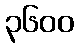
၃၆၀၀